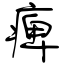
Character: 痺